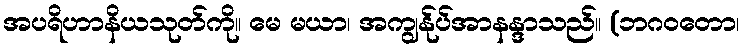
အပရိဟာနိယသုတ်ကို။ မေ မယာ၊ အကျွန်ုပ်အာနန္ဒာသည်။ (ဘဂဝတော၊